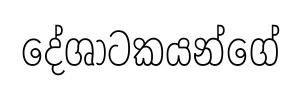
දේශාටකයන්ගේ